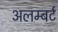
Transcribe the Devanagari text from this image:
अलम्बर्ट